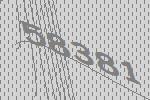
58381